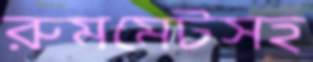
রুমমেটসহ